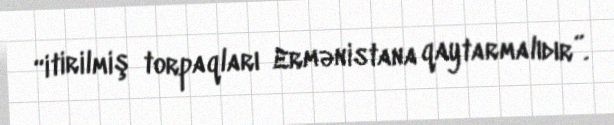
“itirilmiş torpaqları Ermənistana qaytarmalıdır”.